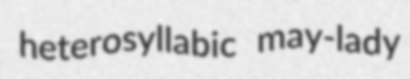
heterosyllabic may-lady